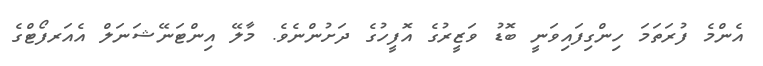
އެންމެ ފުރަތަމަ ހިންގިފައިވަނީ ބޮޑު ވަޒީރުގެ އޮފީހުގެ ދަށުންނެވެ. މާލޭ އިންޓަނޭޝަނަލް އެއަރފޯޓްގެ